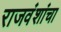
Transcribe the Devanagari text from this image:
राजवंशांचा